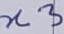
Text: n3